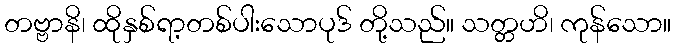
တဗ္ဗာနိ၊ ထိုနှစ်ရာ့တစ်ပါးသောပုဒ် တို့သည်။ သတ္တဟိ၊ ကုန်သော။